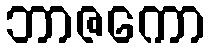
ဘာဇကော